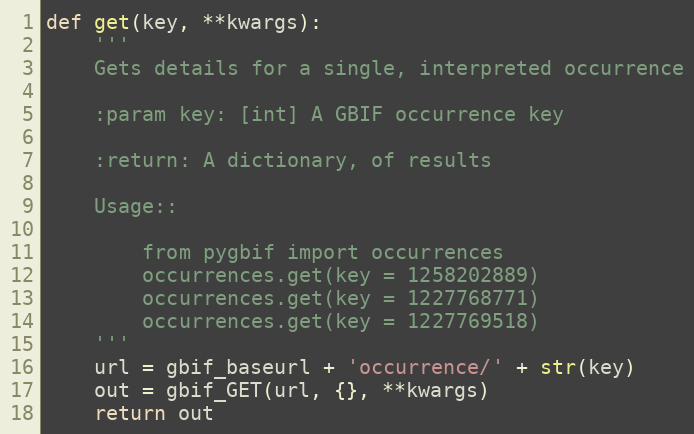
Language: Python
def get(key, **kwargs):
    '''
    Gets details for a single, interpreted occurrence

    :param key: [int] A GBIF occurrence key

    :return: A dictionary, of results

    Usage::

        from pygbif import occurrences
        occurrences.get(key = 1258202889)
        occurrences.get(key = 1227768771)
        occurrences.get(key = 1227769518)
    '''
    url = gbif_baseurl + 'occurrence/' + str(key)
    out = gbif_GET(url, {}, **kwargs)
    return out